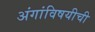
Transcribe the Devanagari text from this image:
अंगांविषयीची